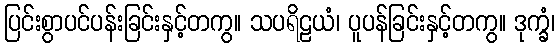
ပြင်းစွာပင်ပန်းခြင်းနှင့်တကွ။ သပရိဠယံ၊ ပူပန်ခြင်းနှင့်တကွ။ ဒုက္ခံ၊